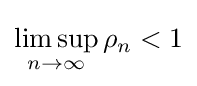
\limsup _{n\rightarrow \infty }\rho _{n}<1